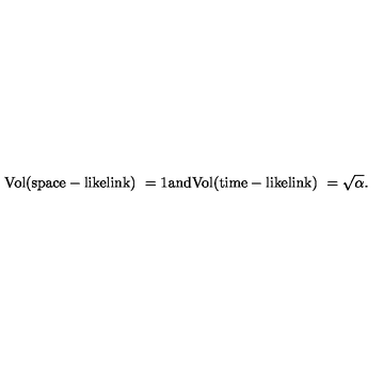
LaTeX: \mathrm { V o l ( s p a c e - l i k e l i n k ) \ = 1 a n d V o l ( t i m e - l i k e l i n k ) \ = \sqrt { \alpha } . }